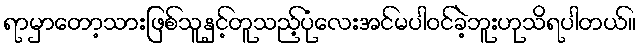
ရာမှာတော့သားဖြစ်သူနှင့်တူသည့်ပုံလေးအင်မပါဝင်ခဲ့ဘူးဟုသိရပါတယ်။